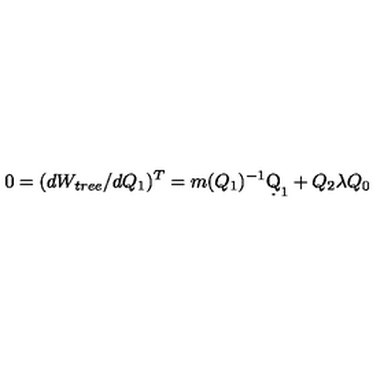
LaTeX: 0 = ( d W _ { t r e e } / d Q _ { 1 } ) ^ { T } = m ( Q _ { 1 } ) ^ { - 1 } \d Q _ { 1 } + Q _ { 2 } \lambda Q _ { 0 }